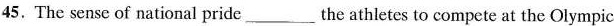
45. The sense of national pride ___ the athletes to compete at the Olympic